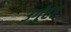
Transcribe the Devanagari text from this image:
उर्गुंहर्ट